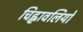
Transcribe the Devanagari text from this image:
चिह्नावलियों